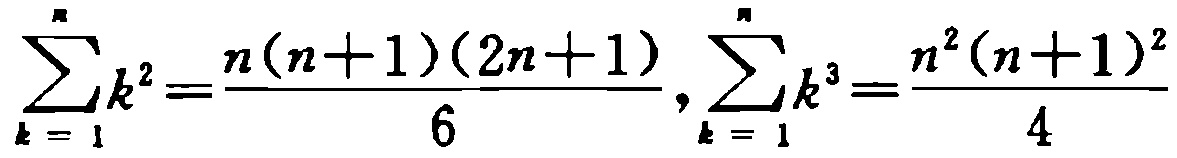
\(\sum_{k = 1}^{n}k^{2}=\frac{n(n + 1)(2n + 1)}{6},\sum_{k = 1}^{n}k^{3}=\frac{n^{2}(n + 1)^{2}}{4}\)